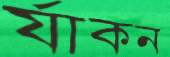
র‍্যাকন